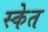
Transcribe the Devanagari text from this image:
स्केत